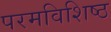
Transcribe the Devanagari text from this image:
परमविशिष्ठ